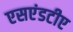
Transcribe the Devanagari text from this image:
एसएंडटीए